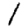
Digit: 1